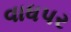
વાધપર